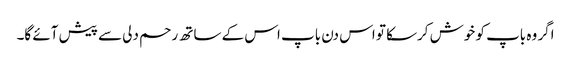
اگر وہ باپ کو خوش کرسکا تو اس دن باپ اس کے ساتھ رحم دلی سے پیش آئے گا۔